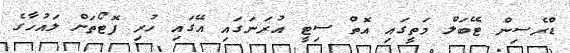
ޑްރެސިން ޓޭބަލް މަތީގައި އޮތް ސިޓީ އުރަނަގައި އޭގައި ހުރި ފޮޓޯތަށް ލައުހާގެ